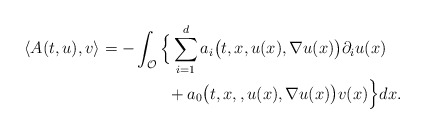
\begin{align*}\langle A(t,u), v \rangle = - & \int_{\mathcal{O}} \Big\{ \sum_{i=1}^{d} a_i\big(t,x,u(x),\nabla u(x)\big) \partial_i u(x) \\& ~~~~~~ + a_0\big(t,x,,u(x),\nabla u(x)\big) v(x) \Big\} dx .\end{align*}